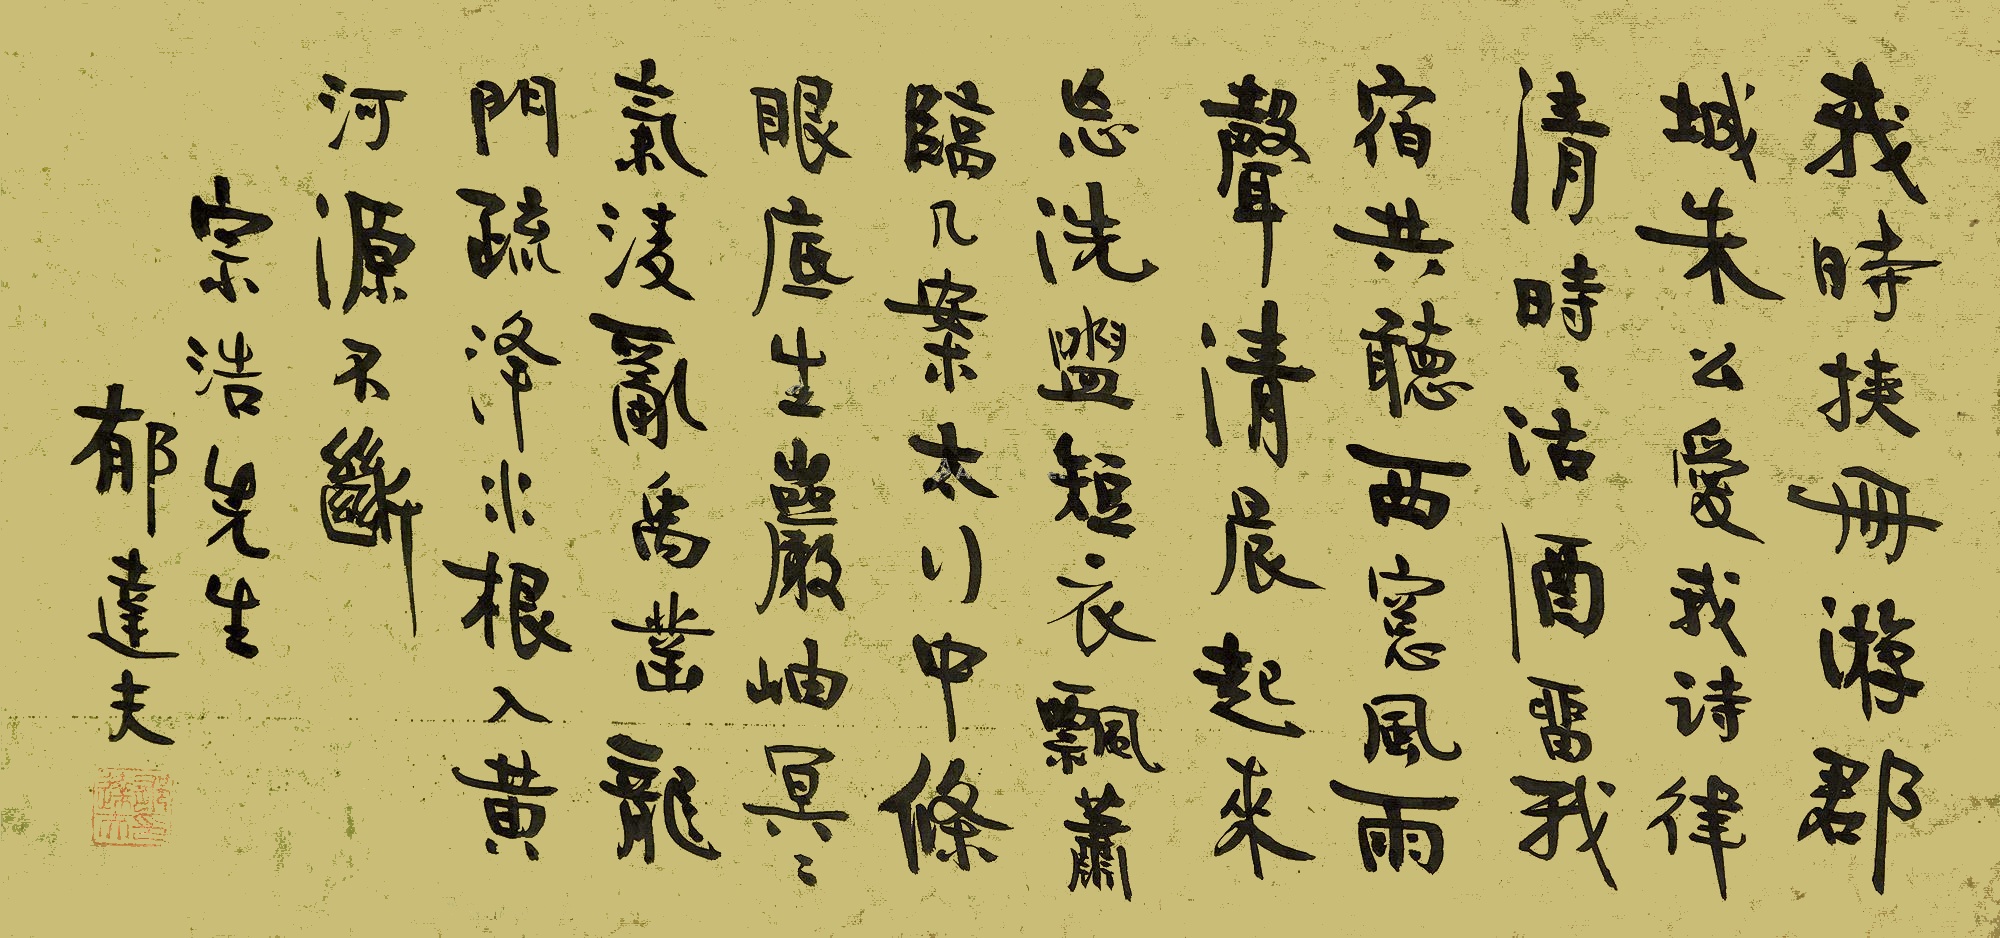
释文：我时挟册游郡城，朱公爱我诗律清。时时沽酒留我宿，共听西窗风雨声。清晨起来忘洗盥，短衣飘萧临几案。太行中条眼底生，岩岫冥冥气凌乱。禹凿龙门疏洚水，根入黄河源不断。宗浩先生，郁达夫。